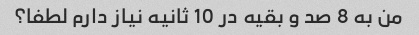
من به 8 صد و بقیه در 10 ثانیه نیاز دارم لطفا؟